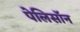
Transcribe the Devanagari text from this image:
पेलिसॉन